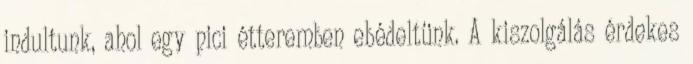
indultunk, ahol egy pici étteremben ebédeltünk. A kiszolgálás érdekes